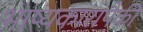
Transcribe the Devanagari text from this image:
भाष्यकारांपैकी